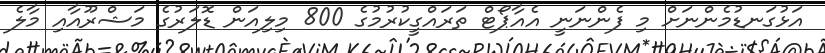
އަޅުގަނޑުމެންނަށް މި ފެންނަނީ އެއާޕޯޓް ތަރައްގީކުރުމުގެ 800 މިލިއަން ޑޮލަރުގެ މަޝްރޫއާއި މާލެ